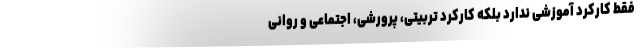
فقط کارکرد آموزشی ندارد بلکه کارکرد تربیتی، پرورشی، اجتماعی و روانی